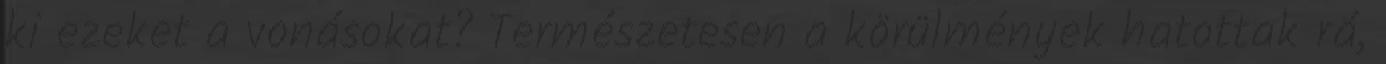
ki ezeket a vonásokat? Természetesen a körülmények hatottak rá,